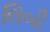
લિબી